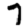
Digit: 7